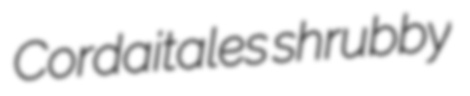
Cordaitales shrubby